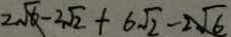
2 \sqrt { 6 } - 2 \sqrt { 2 } + 6 \sqrt { 2 } - 2 \sqrt { 6 }